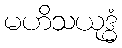
မဟိသယုဒ္ဓံ